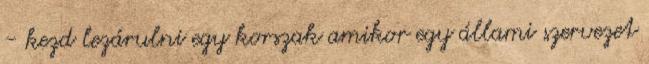
- kezd lezárulni egy korszak amikor egy állami szervezet